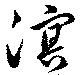
溟